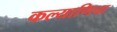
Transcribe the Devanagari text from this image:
कल्याणिचा